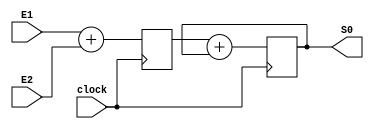
module somador(input clock,
	input [43:0] E1,
	input [43:0] E2,
	output[43:0] S0);

	reg [43:0] saida = 0;
	reg [43:0] aux = 0;
 	assign S0 = saida;
	always @(posedge clock) begin
		aux <= E1 + E2;
		saida = aux + saida;
	end
endmodule

module teste;
	reg clock;
	reg[43:0] E1, E2;
	wire[43:0] S0;
	always #3 clock = ~clock;
	somador B(clock, E1, E2, S0);
	initial begin
		$dumpvars();
		#0 clock <= 0;
		E1 <= 2;
		E2 <= 2;
		//4
		#6
		E1 <= 4;
		E2 <= 4;
		//12
		#6
		E1 <= 5;
		E2 <= 5;
		//22
		#6
		E1 <= 3;
		E2 <= 3;
		//28
		#12
		$finish;
	end
endmodule